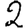
Digit: 2